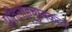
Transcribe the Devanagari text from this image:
प्रतिलोहचुम्बकत्व